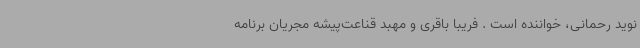
نوید رحمانی، خواننده است . فریبا باقری و مهبد قناعت‌پیشه مجریان برنامه